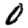
Digit: 0